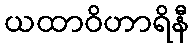
ယထာဝိဟာရိနီ